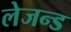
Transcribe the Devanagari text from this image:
लेजन्ड